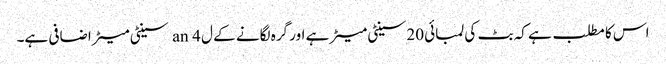
اس کا مطلب ہے کہ بٹ کی لمبائی 20 سینٹی میٹر ہے اور گرہ لگانے کے ل an 4 سینٹی میٹر اضافی ہے۔